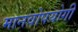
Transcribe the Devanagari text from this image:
मानवोपयोगी